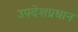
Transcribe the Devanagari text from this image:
उपदेशप्रधान